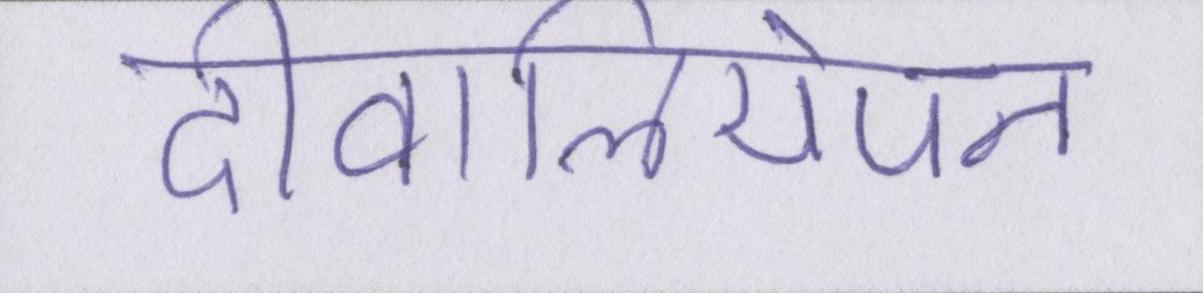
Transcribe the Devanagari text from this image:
दीवालियेपन